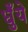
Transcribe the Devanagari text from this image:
धुँये